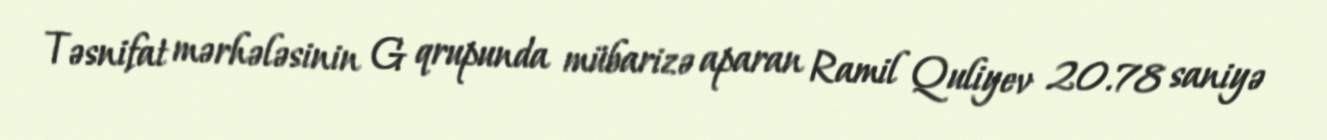
Təsnifat mərhələsinin G qrupunda mübarizə aparan Ramil Quliyev 20.78 saniyə